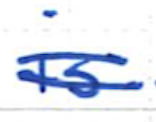
Text: is
Cross-out: double-line
Writing tool: ballpoint